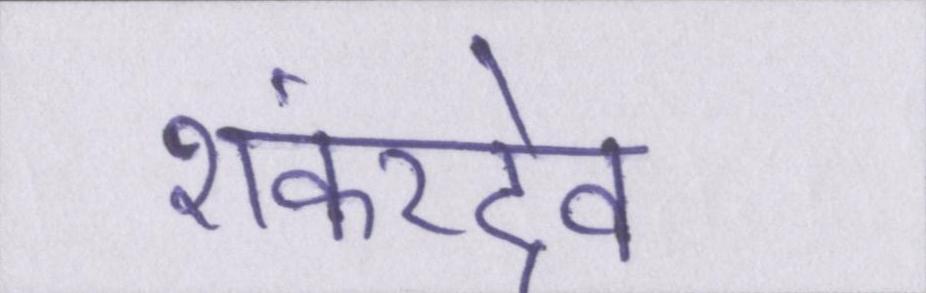
शंकरदेव